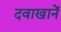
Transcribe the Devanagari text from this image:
दवाखानें